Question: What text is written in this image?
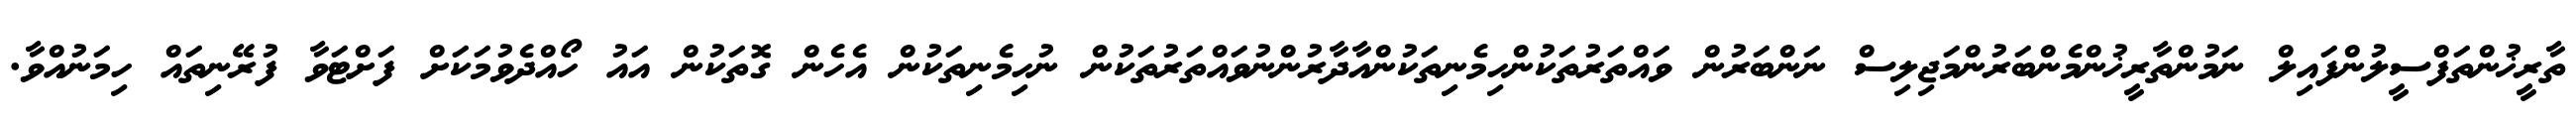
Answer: ތާރީޚުންތަފްސީލުންފައިލް ނަމުންތާރީޚުންމެންބަރުންމަޖިލިސް ނަންބަރުން ވައްތަރުތަކުންހިމެނިތަކުންއާދާރުންނުވައްތަރުތަކުން ނުހިމެނިތަކުން އެހެން ގޮތަކުން އައު ހޯއްދެވުމަކަށް ފަށްޓަވާ ފުރޭނިތައް ހިމަނުއްވާ.